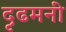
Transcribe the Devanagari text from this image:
दृढमनीं